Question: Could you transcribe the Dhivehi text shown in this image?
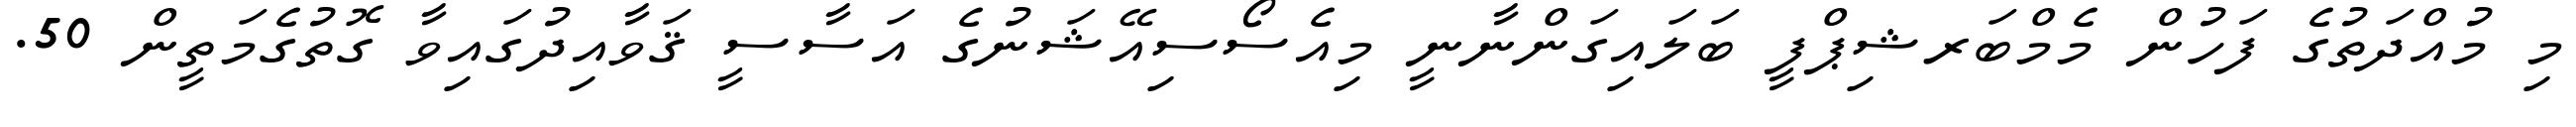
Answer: މި މުއްދަތުގެ ފަހުން މެމްބަރޝިޕްފީ ބަލައިގަންނާނީ މިއެސޯސިއޭޝަނުގެ އަސާސީ ޤަވާއިދުގައިވާ ގޮތުގެމަތީން 50.